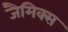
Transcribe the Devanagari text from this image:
जैमिक्स